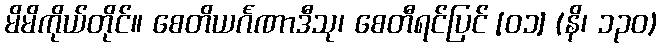
မိမိကိုယ်တိုင်။ စေတိယင်္ဂဏာဒီသု၊ စေတီရင်ပြင် [၀၁] (နိ၊ ၁၃၀)